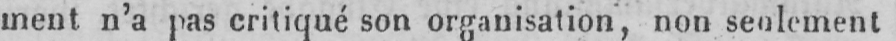
ment n’a pas critiqué son organisation, non seulement